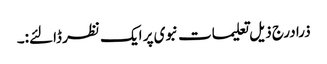
ذرا درج ذیل تعلیمات نبوی پر ایک نظر ڈالئے:۔